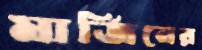
মার্জিনের